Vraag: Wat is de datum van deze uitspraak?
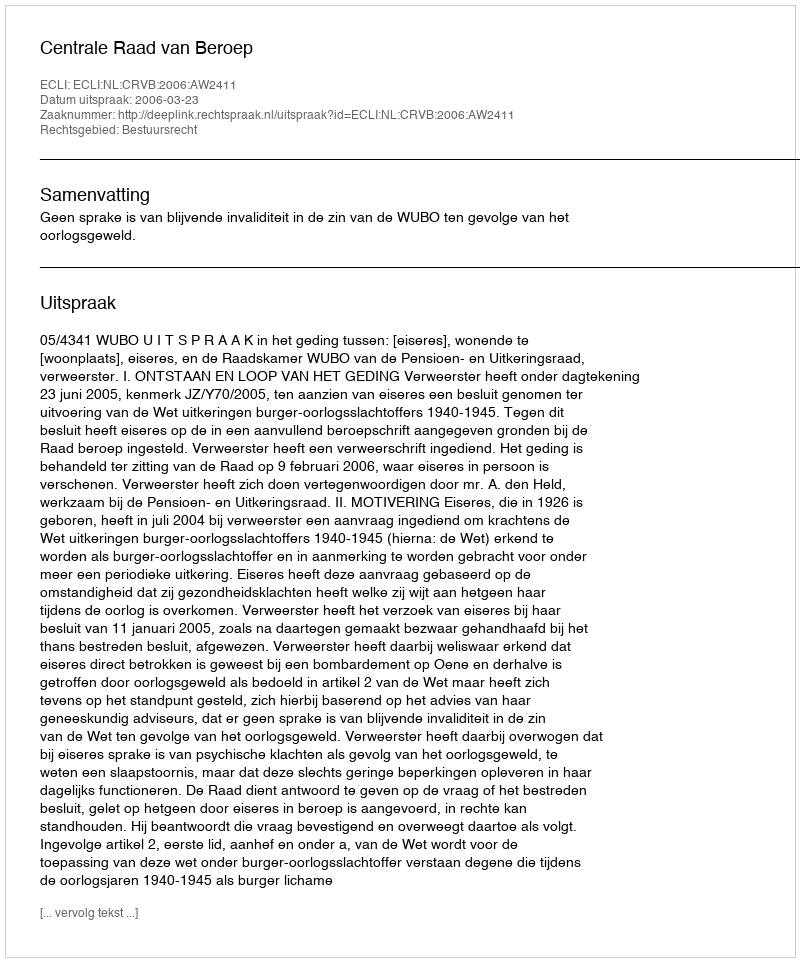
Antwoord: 2006-03-23